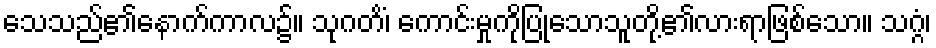
သေသည်၏နောက်ကာလ၌။ သုဂတိံ၊ ကောင်းမှုကိုပြုသောသူတို့၏လားရာဖြစ်သော။ သဂ္ဂံ၊